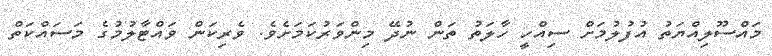
މައްސޫލިއްޔަތު އުފުލުމަށް ސިއްހީ ހާލަތު ތަން ނުދޭ މިންވަރުކަމަށެވެ. ވެރިކަން ވައްޓާލުމުގެ މަސައްކަތް